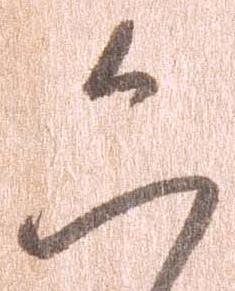
六